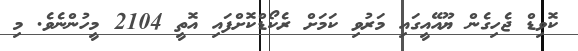
ކޮވިޑް ޖެހިގެން ޔޫއޭއީގައި މަރުވި ކަމަށް ރެކޯޑްކޮށްފައި އޮތީ 2104 މީހުންނެވެ. މި